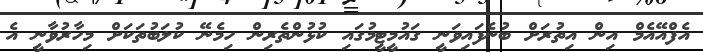
އެފްއޭއެމް އިން އިތުރަށް ބުނެފައިވަނީ ގައުމީޓީމުގައި ކުޅުންތެރިން ހިމެނޭ ކުލަބުތަކަށް މިހާރުވާނީ އެ